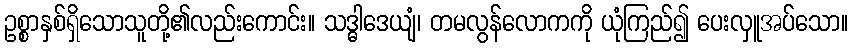
ဥစ္စာနှစ်ရှိသောသူတို့၏လည်းကောင်း။ သဒ္ဓါဒေယျံ၊ တမလွန်လောကကို ယုံကြည်၍ ပေးလှူအပ်သော။